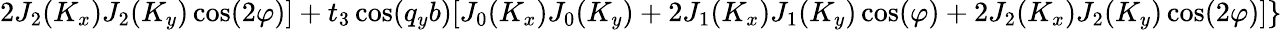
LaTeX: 2J_{2}(K_{x})J_{2}(K_{y})\cos(2\varphi)]+t_{3}\cos(q_{y}b)[J_{0}(K_{x})J_{0}(K_{y})+2J_{1}(K_{x})J_{1}(K_{y})\cos(\varphi)+2J_{2}(K_{x})J_{2}(K_{y})\cos(2\varphi)]\}